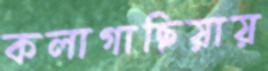
কলাগাছিয়ায়